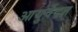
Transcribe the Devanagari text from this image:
आयुर्वेदज्ञ